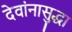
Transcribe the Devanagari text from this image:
देवांनासुद्धा